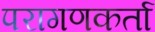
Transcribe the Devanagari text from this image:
परागणकर्ता